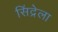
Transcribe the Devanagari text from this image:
सिंद्रेला